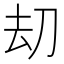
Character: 刧